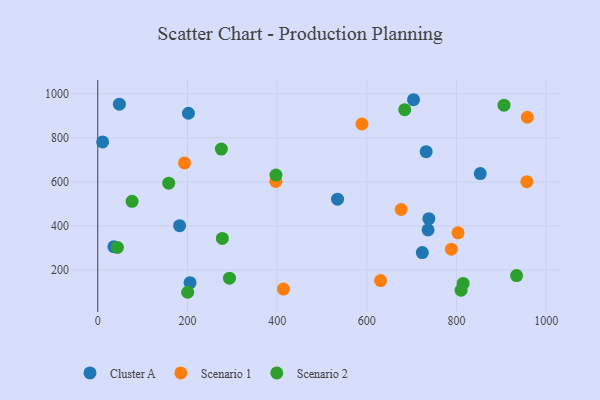
{"axis": {"x": "Price", "y": "Rating"}, "legend": ["Cluster A", "Scenario 1", "Scenario 2"], "data": [{"x": "205.8", "y": 142.8, "type": "Cluster A"}, {"x": "704.2", "y": 973.3, "type": "Cluster A"}, {"x": "738.4", "y": 433.2, "type": "Cluster A"}, {"x": "182.5", "y": 401.3, "type": "Cluster A"}, {"x": "35.9", "y": 306.1, "type": "Cluster A"}, {"x": "48.2", "y": 952.9, "type": "Cluster A"}, {"x": "736.6", "y": 382.3, "type": "Cluster A"}, {"x": "723.8", "y": 279.1, "type": "Cluster A"}, {"x": "534.7", "y": 521.8, "type": "Cluster A"}, {"x": "732.4", "y": 737.3, "type": "Cluster A"}, {"x": "10.8", "y": 781.5, "type": "Cluster A"}, {"x": "202.2", "y": 911.9, "type": "Cluster A"}, {"x": "853.0", "y": 638.1, "type": "Cluster A"}, {"x": "589.1", "y": 863.1, "type": "Scenario 1"}, {"x": "958.1", "y": 893.8, "type": "Scenario 1"}, {"x": "788.6", "y": 294.9, "type": "Scenario 1"}, {"x": "414.1", "y": 113.5, "type": "Scenario 1"}, {"x": "803.4", "y": 369.0, "type": "Scenario 1"}, {"x": "193.4", "y": 686.3, "type": "Scenario 1"}, {"x": "676.6", "y": 474.8, "type": "Scenario 1"}, {"x": "397.1", "y": 602.3, "type": "Scenario 1"}, {"x": "956.9", "y": 601.2, "type": "Scenario 1"}, {"x": "630.8", "y": 152.1, "type": "Scenario 1"}, {"x": "277.8", "y": 343.5, "type": "Scenario 2"}, {"x": "397.3", "y": 631.0, "type": "Scenario 2"}, {"x": "684.6", "y": 928.1, "type": "Scenario 2"}, {"x": "934.1", "y": 174.8, "type": "Scenario 2"}, {"x": "293.7", "y": 162.8, "type": "Scenario 2"}, {"x": "43.7", "y": 302.8, "type": "Scenario 2"}, {"x": "814.9", "y": 139.0, "type": "Scenario 2"}, {"x": "200.5", "y": 99.0, "type": "Scenario 2"}, {"x": "158.2", "y": 594.2, "type": "Scenario 2"}, {"x": "906.0", "y": 948.4, "type": "Scenario 2"}, {"x": "76.5", "y": 511.8, "type": "Scenario 2"}, {"x": "275.6", "y": 749.3, "type": "Scenario 2"}, {"x": "810.3", "y": 108.4, "type": "Scenario 2"}]}